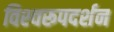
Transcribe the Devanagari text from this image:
विश्‍वरूपदर्शन